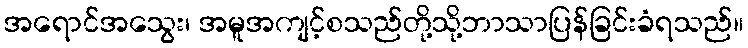
အရောင်အသွေး၊ အမူအကျင့်စသည်တို့သို့ဘာသာပြန်ခြင်းခံရသည်။